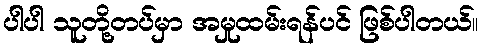
ပါပါ သူတို့တပ်မှာ အမှုထမ်းရန်ပင် ဖြစ်ပါတယ်။